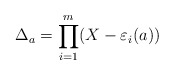
\begin{align*}\Delta_a = \prod_{i = 1}^m (X - \varepsilon_i(a))\end{align*}